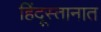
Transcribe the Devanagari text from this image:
हिंदूस्तानात